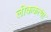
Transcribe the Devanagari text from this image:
लोककत्था